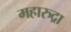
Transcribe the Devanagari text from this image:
महारुद्रा